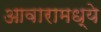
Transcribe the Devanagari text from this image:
आवारामध्ये